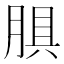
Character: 𰮬